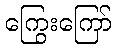
ကြွေးကြော်